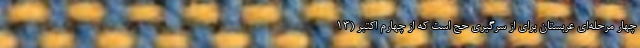
چهار مرحله‌ای عربستان برای از سرگیری حج است که از چهارم اکتبر (13